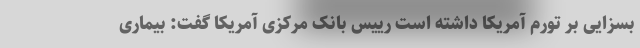
بسزایی بر تورم آمریکا داشته است رییس بانک مرکزی آمریکا گفت: بیماری